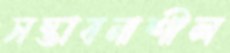
সম্ভাবনাশীল